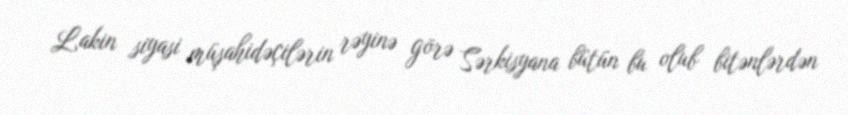
Lakin siyasi müşahidəçilərin rəyinə görə Sərkisyana bütün bu olub bitənlərdən